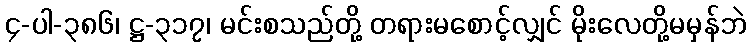
၄-ပါ-၃၈၆၊ ဋ္ဌ-၃၁၇၊ မင်းစသည်တို့ တရားမစောင့်လျှင် မိုးလေတို့မမှန်ဘဲ